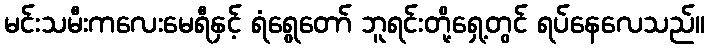
မင်းသမီးကလေးမေရီနှင့် ရံရွေတော် ဘူရင်းတို့ရှေ့တွင် ရပ်နေလေသည်။